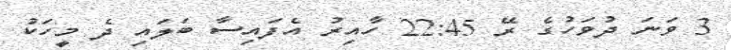
3 ވަނަ ދުވަހުގެ ރޭ 22:45 ހާއިރު އެފައިސާ ބަލައި ދެ މީހަކު